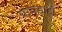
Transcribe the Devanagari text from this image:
पायंडाही